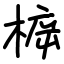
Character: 𣔳